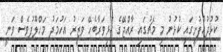
ކުޅުދުއްފުށީގައި ކުޅުނު މި މެޗުގައި ރާއްޖޭގެ ކުޅިވަރާބެހޭ ވަޒީރު އަހުމަދު މަހްލޫފުވެސް ވަނީ